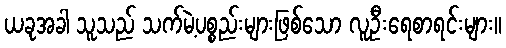
ယခုအခါ သူသည် သက်မဲ့ပစ္စည်းများဖြစ်သော လူဦးရေစာရင်းများ။